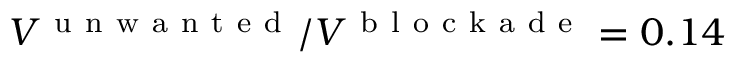
V ^ { \mathrm { ~ u ~ n ~ w ~ a ~ n ~ t ~ e ~ d ~ } } / V ^ { \mathrm { ~ b ~ l ~ o ~ c ~ k ~ a ~ d ~ e ~ } } = 0 . 1 4